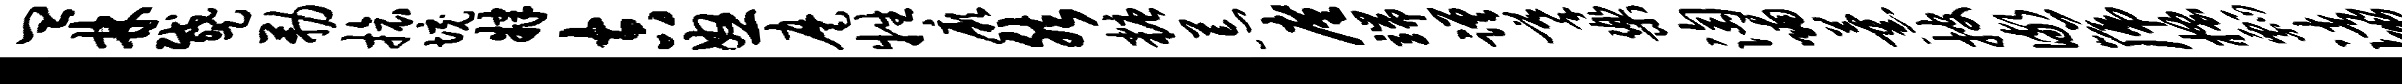
皿林蹙勒旅境肄吉怒麾牲厥然糖荒廑端蹉摹乐淘喃薰披儆篪搔瓢渚鬻